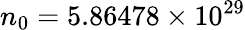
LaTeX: n_{0}=5.86478\times 10^{29}